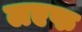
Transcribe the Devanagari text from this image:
लएफ